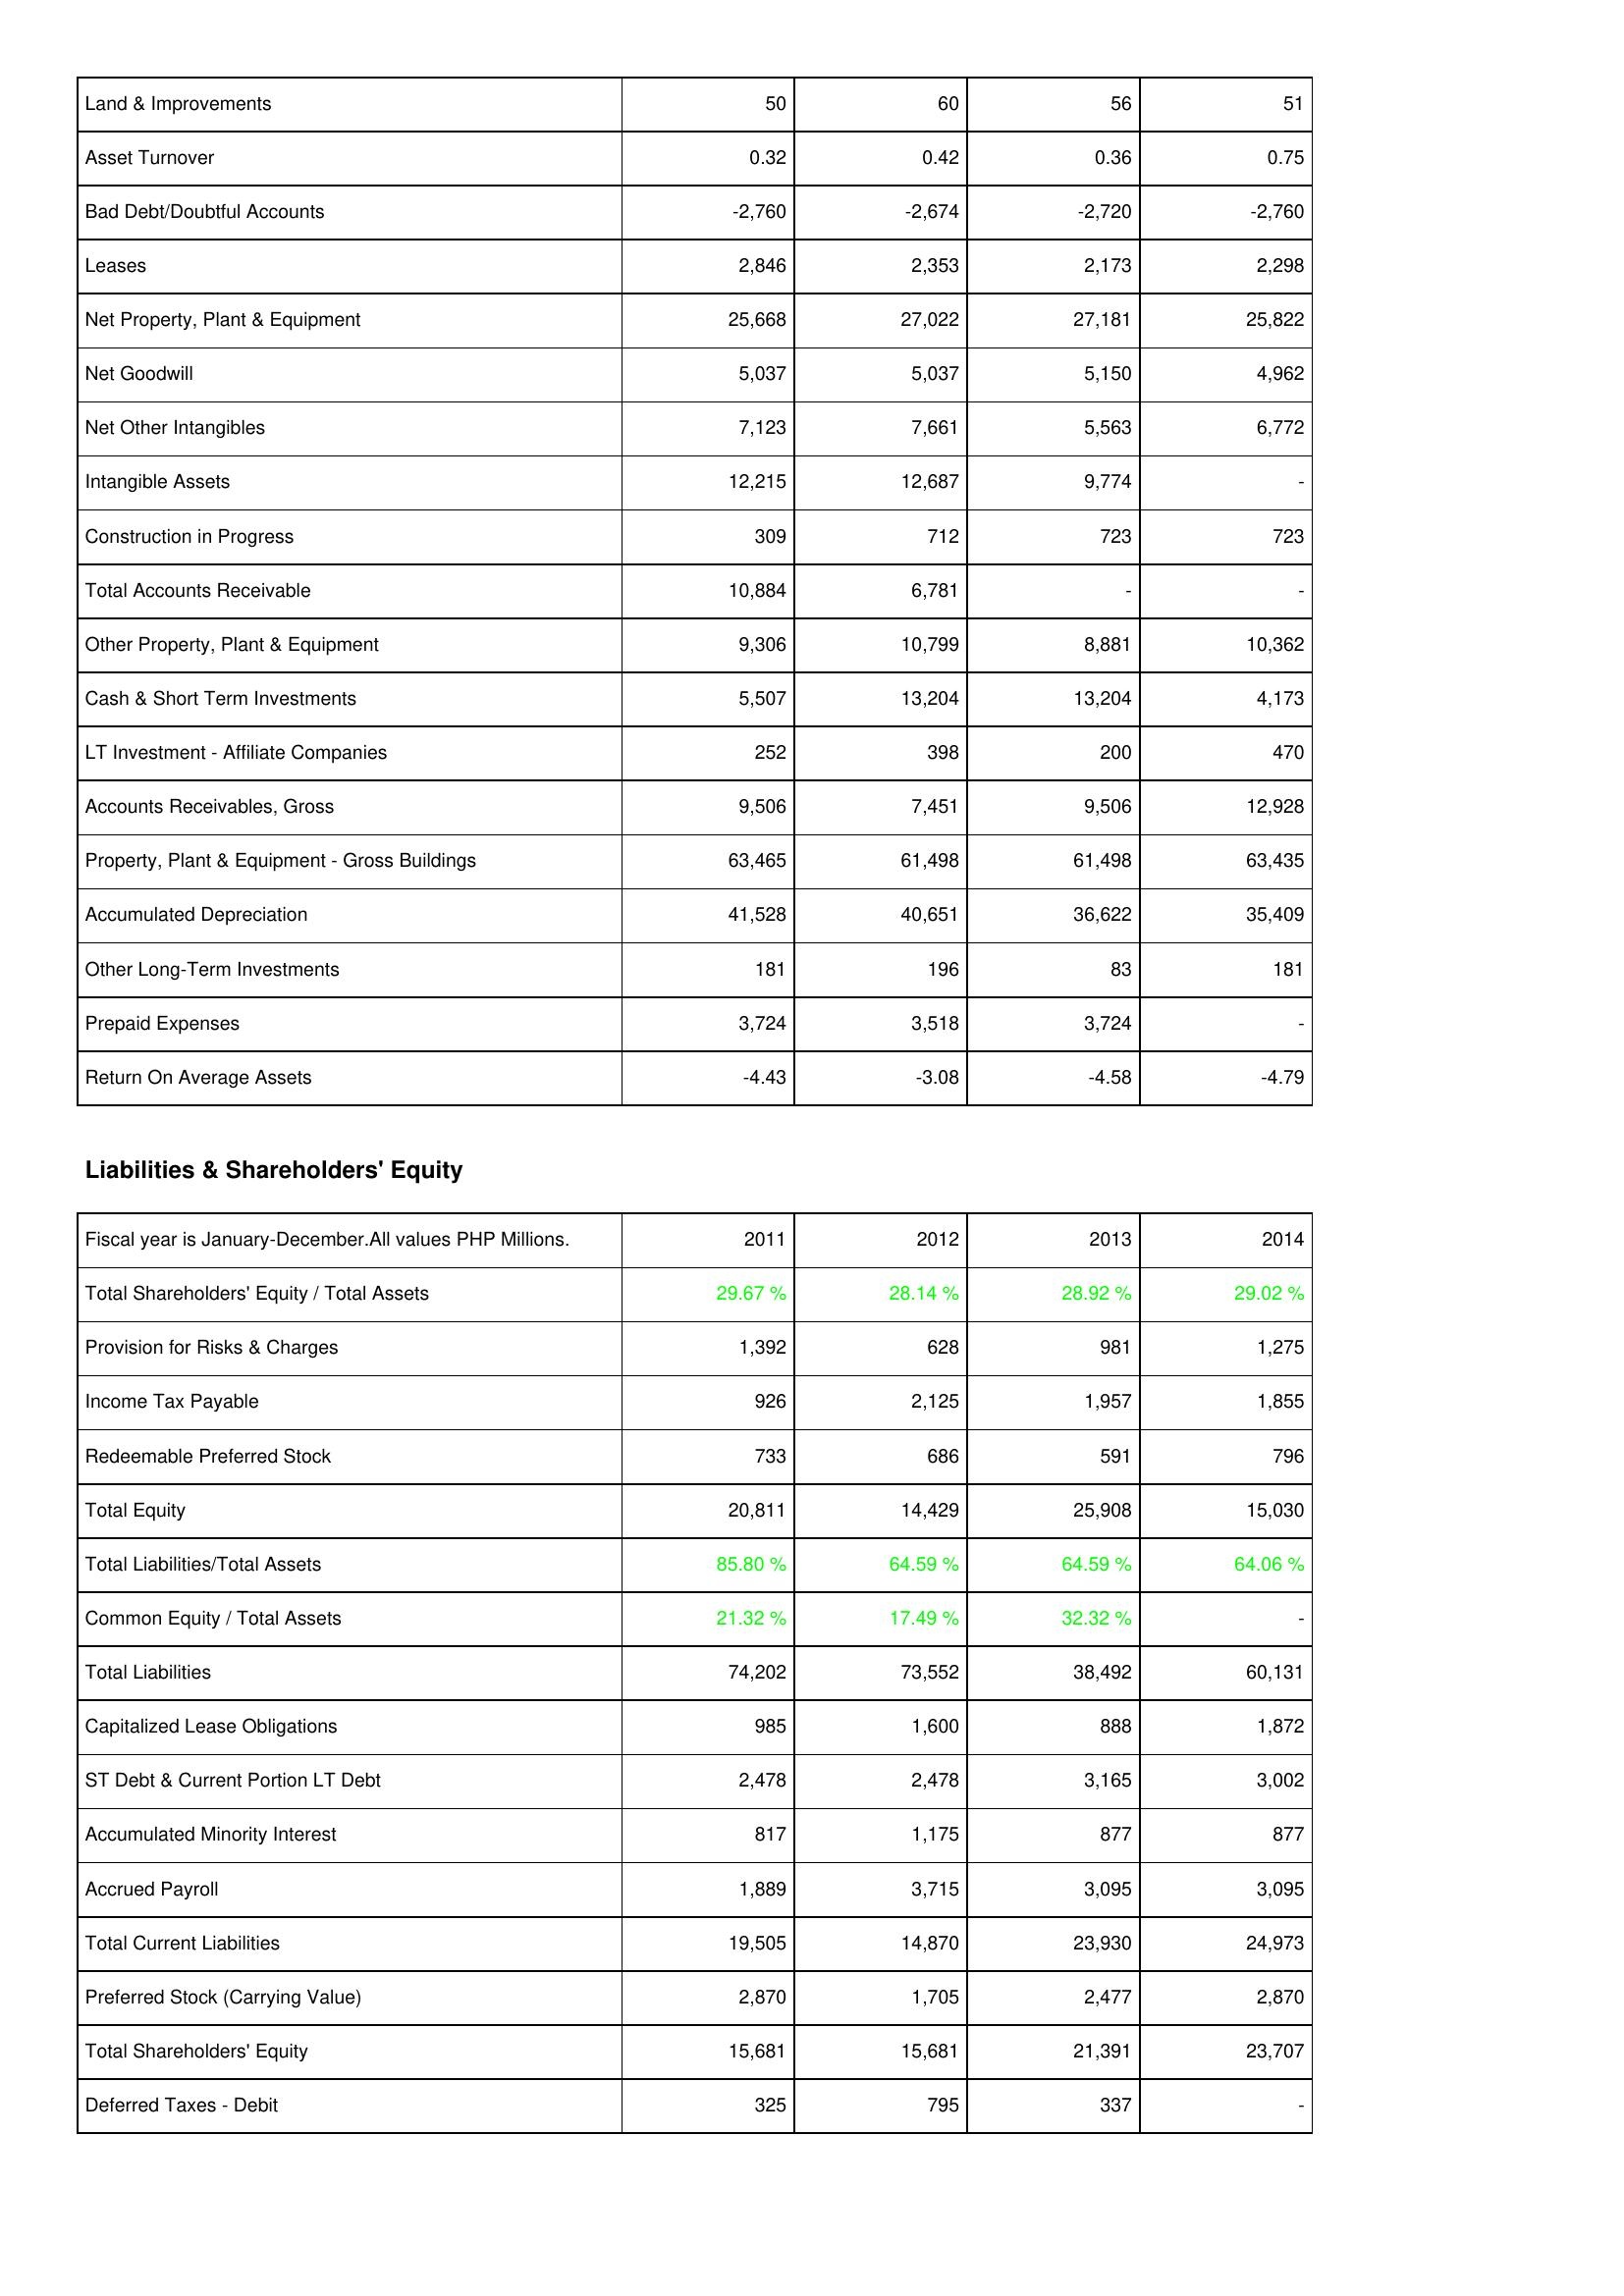
2011: Assets: Land & Improvements: 50
Asset Turnover: 0.32
Bad Debt/Doubtful Accounts: -2,760
Leases: 2,846
Net Property, Plant & Equipment: 25,668
Net Goodwill: 5,037
Net Other Intangibles: 7,123
Intangible Assets: 12,215
Construction in Progress: 309
Total Accounts Receivable: 10,884
Other Property, Plant & Equipment: 9,306
Cash & Short Term Investments: 5,507
LT Investment - Affiliate Companies: 252
Accounts Receivables, Gross: 9,506
Property, Plant & Equipment - Gross Buildings: 63,465
Accumulated Depreciation: 41,528
Other Long-Term Investments: 181
Prepaid Expenses: 3,724
Return On Average Assets: -4.43
Liabilities & Shareholders' Equity: Total Shareholders' Equity / Total Assets: 29.67 %
Provision for Risks & Charges: 1,392
Income Tax Payable: 926
Redeemable Preferred Stock: 733
Total Equity: 20,811
Total Liabilities/Total Assets: 85.80 %
Common Equity / Total Assets: 21.32 %
Total Liabilities: 74,202
Capitalized Lease Obligations: 985
ST Debt & Current Portion LT Debt: 2,478
Accumulated Minority Interest: 817
Accrued Payroll: 1,889
Total Current Liabilities: 19,505
Preferred Stock (Carrying Value): 2,870
Total Shareholders' Equity: 15,681
Deferred Taxes - Debit: 325
2012: Assets: Land & Improvements: 60
Asset Turnover: 0.42
Bad Debt/Doubtful Accounts: -2,674
Leases: 2,353
Net Property, Plant & Equipment: 27,022
Net Goodwill: 5,037
Net Other Intangibles: 7,661
Intangible Assets: 12,687
Construction in Progress: 712
Total Accounts Receivable: 6,781
Other Property, Plant & Equipment: 10,799
Cash & Short Term Investments: 13,204
LT Investment - Affiliate Companies: 398
Accounts Receivables, Gross: 7,451
Property, Plant & Equipment - Gross Buildings: 61,498
Accumulated Depreciation: 40,651
Other Long-Term Investments: 196
Prepaid Expenses: 3,518
Return On Average Assets: -3.08
Liabilities & Shareholders' Equity: Total Shareholders' Equity / Total Assets: 28.14 %
Provision for Risks & Charges: 628
Income Tax Payable: 2,125
Redeemable Preferred Stock: 686
Total Equity: 14,429
Total Liabilities/Total Assets: 64.59 %
Common Equity / Total Assets: 17.49 %
Total Liabilities: 73,552
Capitalized Lease Obligations: 1,600
ST Debt & Current Portion LT Debt: 2,478
Accumulated Minority Interest: 1,175
Accrued Payroll: 3,715
Total Current Liabilities: 14,870
Preferred Stock (Carrying Value): 1,705
Total Shareholders' Equity: 15,681
Deferred Taxes - Debit: 795
2013: Assets: Land & Improvements: 56
Asset Turnover: 0.36
Bad Debt/Doubtful Accounts: -2,720
Leases: 2,173
Net Property, Plant & Equipment: 27,181
Net Goodwill: 5,150
Net Other Intangibles: 5,563
Intangible Assets: 9,774
Construction in Progress: 723
Total Accounts Receivable: -
Other Property, Plant & Equipment: 8,881
Cash & Short Term Investments: 13,204
LT Investment - Affiliate Companies: 200
Accounts Receivables, Gross: 9,506
Property, Plant & Equipment - Gross Buildings: 61,498
Accumulated Depreciation: 36,622
Other Long-Term Investments: 83
Prepaid Expenses: 3,724
Return On Average Assets: -4.58
Liabilities & Shareholders' Equity: Total Shareholders' Equity / Total Assets: 28.92 %
Provision for Risks & Charges: 981
Income Tax Payable: 1,957
Redeemable Preferred Stock: 591
Total Equity: 25,908
Total Liabilities/Total Assets: 64.59 %
Common Equity / Total Assets: 32.32 %
Total Liabilities: 38,492
Capitalized Lease Obligations: 888
ST Debt & Current Portion LT Debt: 3,165
Accumulated Minority Interest: 877
Accrued Payroll: 3,095
Total Current Liabilities: 23,930
Preferred Stock (Carrying Value): 2,477
Total Shareholders' Equity: 21,391
Deferred Taxes - Debit: 337
2014: Assets: Land & Improvements: 51
Asset Turnover: 0.75
Bad Debt/Doubtful Accounts: -2,760
Leases: 2,298
Net Property, Plant & Equipment: 25,822
Net Goodwill: 4,962
Net Other Intangibles: 6,772
Intangible Assets: -
Construction in Progress: 723
Total Accounts Receivable: -
Other Property, Plant & Equipment: 10,362
Cash & Short Term Investments: 4,173
LT Investment - Affiliate Companies: 470
Accounts Receivables, Gross: 12,928
Property, Plant & Equipment - Gross Buildings: 63,435
Accumulated Depreciation: 35,409
Other Long-Term Investments: 181
Prepaid Expenses: -
Return On Average Assets: -4.79
Liabilities & Shareholders' Equity: Total Shareholders' Equity / Total Assets: 29.02 %
Provision for Risks & Charges: 1,275
Income Tax Payable: 1,855
Redeemable Preferred Stock: 796
Total Equity: 15,030
Total Liabilities/Total Assets: 64.06 %
Common Equity / Total Assets: -
Total Liabilities: 60,131
Capitalized Lease Obligations: 1,872
ST Debt & Current Portion LT Debt: 3,002
Accumulated Minority Interest: 877
Accrued Payroll: 3,095
Total Current Liabilities: 24,973
Preferred Stock (Carrying Value): 2,870
Total Shareholders' Equity: 23,707
Deferred Taxes - Debit: -